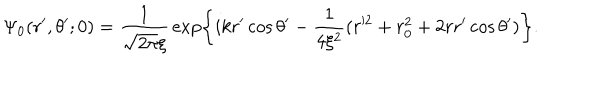
LaTeX: \Psi _ { \mathrm { { 0 } } } ( r ^ { \prime } , \theta ^ { \prime } ; 0 ) = { \frac { 1 } { \sqrt { 2 \pi } \xi } } \exp \left\{ i k r ^ { \prime } \cos \theta ^ { \prime } - { \frac { 1 } { 4 \xi ^ { 2 } } } ( r ^ { 2 } + r _ { 0 } ^ { 2 } + 2 r r ^ { \prime } \cos \theta ^ { \prime } ) \right\} .